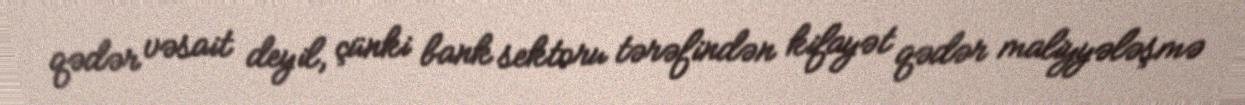
qədər vəsait deyil, çünki bank sektoru tərəfindən kifayət qədər maliyyələşmə